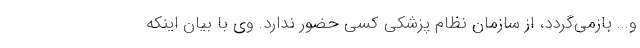
و... بازمی‌گردد، از سازمان نظام پزشکی کسی حضور ندارد. وی با بیان اینکه